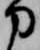
刀